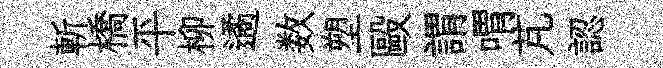
斬橋平柳遹数塑毆謂喟芃認